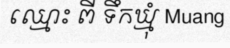
ឈ្មោះ ពី ទឹកឃ្មុំ Muang